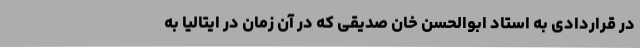
در قراردادی به استاد ابوالحسن خان صدیقی که در آن زمان در ایتالیا به